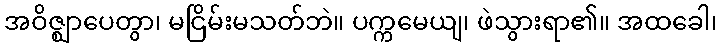
အဝိဇ္ဈာပေတွာ၊ မငြိမ်းမသတ်ဘဲ။ ပက္ကမေယျ၊ ဖဲသွားရာ၏။ အထခေါ၊